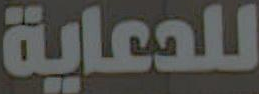
للدعاية